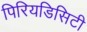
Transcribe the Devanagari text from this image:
पिरियडिसिटी